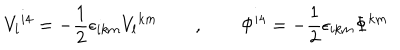
V _ { l } { } ^ { i 4 } = - { \frac { 1 } { 2 } } \epsilon _ { i k m } V _ { l } { } ^ { k m } \qquad , \qquad \Phi ^ { i 4 } = - { \frac { 1 } { 2 } } \epsilon _ { i k m } \Phi { } ^ { k m }